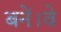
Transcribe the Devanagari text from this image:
बनें।वे